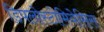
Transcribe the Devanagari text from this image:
डिपलोस्टोमियेसिस